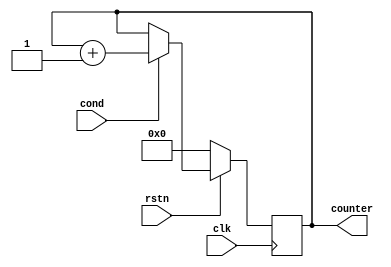
// hardware_counter.v

module hardware_counter (
  input clk,
  input rstn,
  input cond,  // 1-bit cond signal

  output reg [31:0] counter // uint32 counter
);

  // increments the counter when 'cond' is high at the rising edge of the clock.
  always @(posedge clk) begin
    if (!rstn) begin
        counter <= 32'd0;
    end else begin
      if (cond) begin
        counter <= counter + 32'd1;
      end
    end   
  end

endmodule